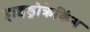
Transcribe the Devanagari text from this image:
हाइड्रोक्रेकिंग